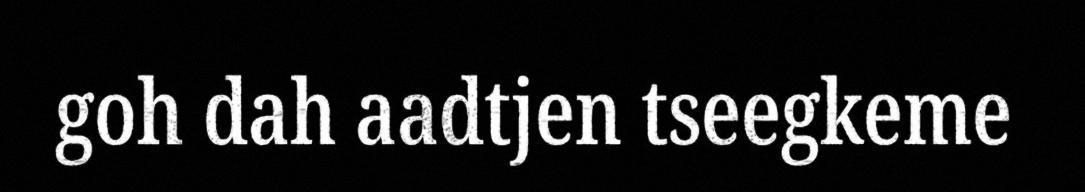
goh dah aadtjen tseegkeme